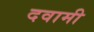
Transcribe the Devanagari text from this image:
दवामी